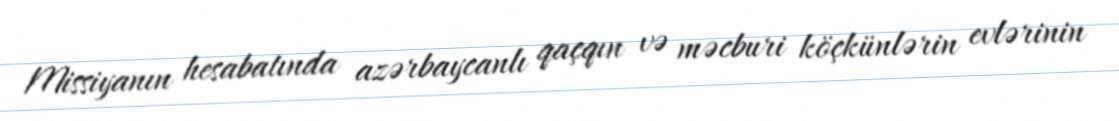
Missiyanın hesabatında azərbaycanlı qaçqın və məcburi köçkünlərin evlərinin